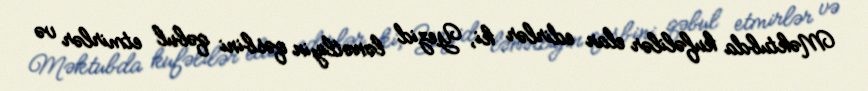
Məktubda kufəlilər elan edirlər ki, Yezid lənətliyin qəsbini qəbul etmirlər və